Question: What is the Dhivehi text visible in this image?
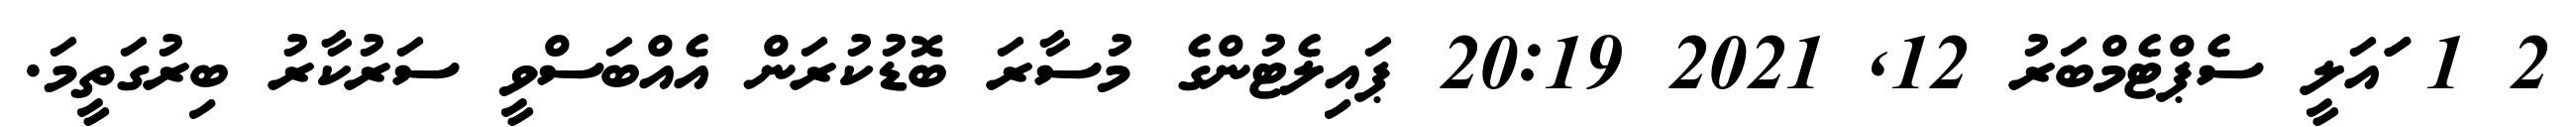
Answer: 2 1 ަަަައަލީ ސެޕްޓެމްބަރު 12, 2021 20:19 ޕައިލެޓުންގެ މުސާރަ ބޮޑުކުރަން އެއްބަސްވީ ސަރުކާރު ބިރުގަތީމަ.